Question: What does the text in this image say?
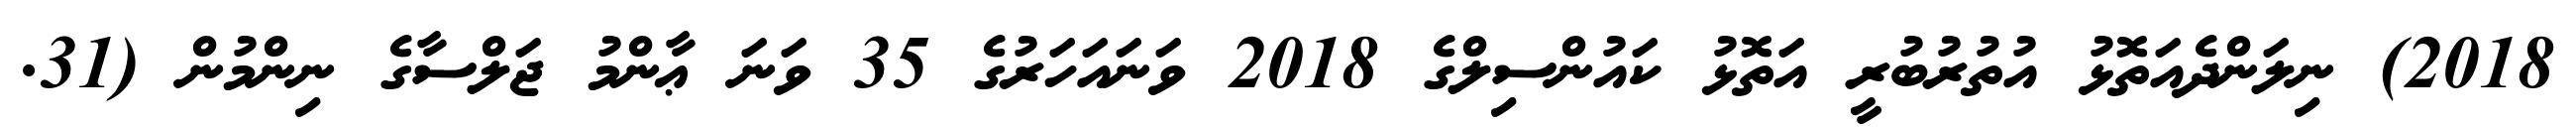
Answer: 2018) ނިލަންދެއަތޮޅު އުތުރުބުރީ އަތޮޅު ކައުންސިލްގެ 2018 ވަނައަހަރުގެ 35 ވަނަ ޢާންމު ޖަލްސާގެ ނިންމުން (31.